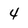
Character: 4